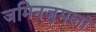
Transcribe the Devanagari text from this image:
जमिनजुमला